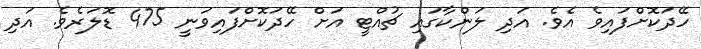
ހޭދަކޮށްފައިވެ އެވެ. އަދި ލަންކާގައި ޗުއްޓީ އަށް ހޭދަކޮށްފައިވަނީ 475 ޑޮލަރެވެ. އަދި